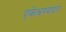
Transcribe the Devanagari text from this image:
एकेश्वरवादात